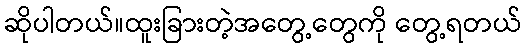
ဆိုပါတယ်။ထူးခြားတဲ့အတွေ့တွေကို တွေ့ရတယ်